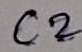
Text: C2